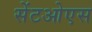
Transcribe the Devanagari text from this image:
सेंटओएस